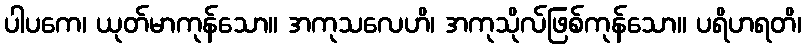
ပါပကေ၊ ယုတ်မာကုန်သော။ အကုသလေဟိ၊ အကုသိုလ်ဖြစ်ကုန်သော။ ပရိဟရတိ၊